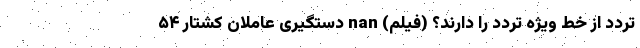
تردد از خط ویژه تردد را دارند؟ (فیلم) nan دستگیری عاملان کشتار ۵۴